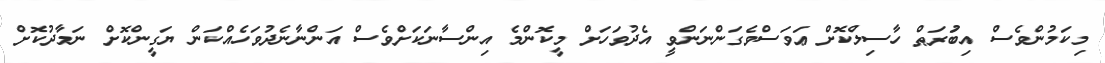
މިކަމުންވެސް އިބުަރަޠް ހާސިލްކޮށް ޢަވަސްވެގަންނަންވީ އެދުވަހަށް މީކޮންމެ އިންސާނަކަށްވެސް އަންނާނެދުވަހެއްކަން ޔަގީންކޮށް ނަމާދުކޮށް